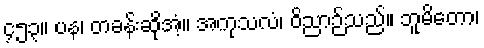
၄၅၃။ ပန၊ တခန်းဆိုအံ့။ အကုသလံ၊ ဝိညာဉ်သည်။ ဘူမိတော၊